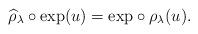
LaTeX: \begin{align*}\widehat{\rho}_\lambda\circ \mbox{exp}(u)=\mbox{exp}\circ \rho_\lambda(u).\end{align*}